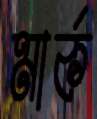
মার্ক